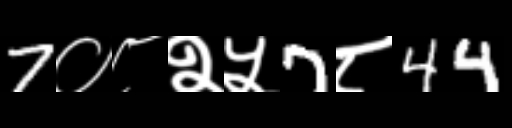
Text: 7०८२५7८44